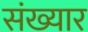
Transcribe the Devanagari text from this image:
संख्यार